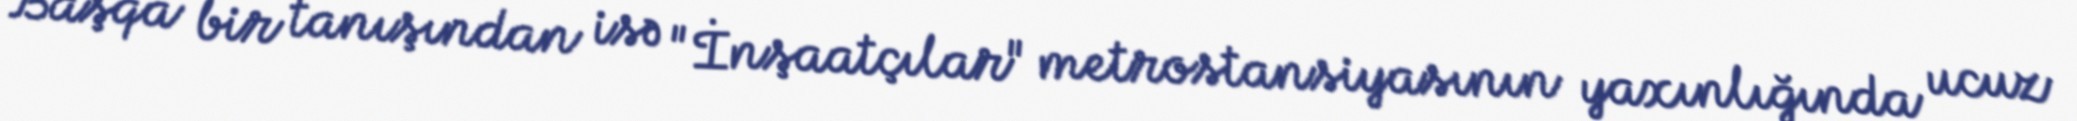
Başqa bir tanışından isə "İnşaatçılar" metrostansiyasının yaxınlığında ucuz